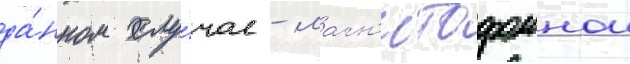
да́нном слу́чае - магн'итофоннои